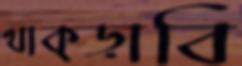
থাক্‌ড়াবি